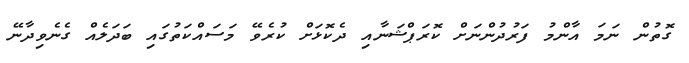
ގޮތުން ނަމަ އާންމު ފަރުދުންނަށް ކޮރަޕްޝަނާއި ދެކޮޅަށް ކުރެވޭ މަސައްކަތުގައި ބަދަލެއް ގެނެވިދާނޭ